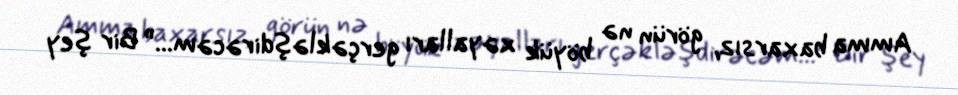
Amma baxarsız, görün nə böyük xəyalları gerçəkləşdirəcəm...” Bir şey